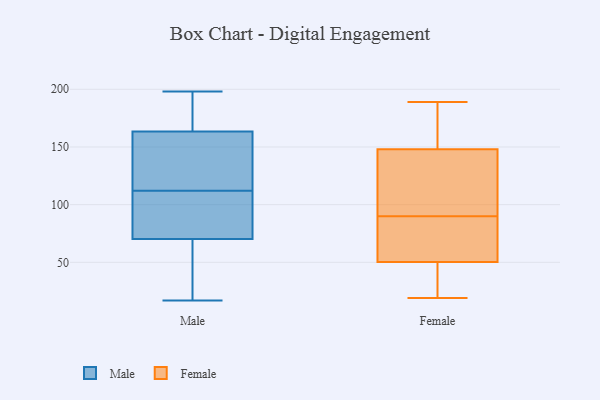
{"axis": {"x": "Energy Usage (MWh)", "y": "Value"}, "legend": ["Female", "Male"], "data": [{"x": "", "y": 198, "type": "Male"}, {"x": "", "y": 196, "type": "Male"}, {"x": "", "y": 165, "type": "Male"}, {"x": "", "y": 42, "type": "Male"}, {"x": "", "y": 96, "type": "Male"}, {"x": "", "y": 159, "type": "Male"}, {"x": "", "y": 99, "type": "Male"}, {"x": "", "y": 65, "type": "Male"}, {"x": "", "y": 38, "type": "Male"}, {"x": "", "y": 167, "type": "Male"}, {"x": "", "y": 112, "type": "Male"}, {"x": "", "y": 86, "type": "Male"}, {"x": "", "y": 17, "type": "Male"}, {"x": "", "y": 117, "type": "Male"}, {"x": "", "y": 136, "type": "Male"}, {"x": "", "y": 155, "type": "Female"}, {"x": "", "y": 166, "type": "Female"}, {"x": "", "y": 189, "type": "Female"}, {"x": "", "y": 48, "type": "Female"}, {"x": "", "y": 67, "type": "Female"}, {"x": "", "y": 127, "type": "Female"}, {"x": "", "y": 118, "type": "Female"}, {"x": "", "y": 90, "type": "Female"}, {"x": "", "y": 92, "type": "Female"}, {"x": "", "y": 167, "type": "Female"}, {"x": "", "y": 39, "type": "Female"}, {"x": "", "y": 32, "type": "Female"}, {"x": "", "y": 65, "type": "Female"}, {"x": "", "y": 19, "type": "Female"}, {"x": "", "y": 57, "type": "Female"}]}